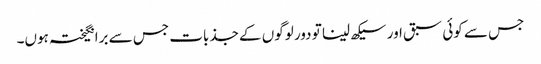
جس سے کوئی سبق اور سیکھ لینا تو دور لوگوں کے جذبات جس سے برانگیختہ ہوں۔